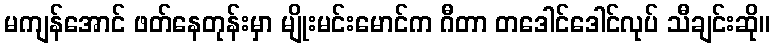
မကျန်အောင် ဖတ်နေတုန်းမှာ မျိုးမင်းမောင်က ဂီတာ တဒေါင်ဒေါင်လုပ် သီချင်းဆို။